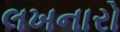
લખનારો